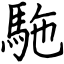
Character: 駞